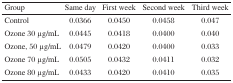
<table><thead><tr><td><b>Group</b></td><td><b>Same day</b></td><td><b>First week</b></td><td><b>Second week</b></td><td><b>Third week</b></td></tr></thead><tbody><tr><td>Control</td><td>0.0366</td><td>0.0450</td><td>0.0458</td><td>0.047</td></tr><tr><td>Ozone 30 μg/mL</td><td>0.0445</td><td>0.0418</td><td>0.0400</td><td>0.040</td></tr><tr><td>Ozone, 50 μg/mL</td><td>0.0479</td><td>0.0420</td><td>0.0400</td><td>0.033</td></tr><tr><td>Ozone 70 μg/mL</td><td>0.0505</td><td>0.0432</td><td>0.0411</td><td>0.032</td></tr><tr><td>Ozone 80 μg/mL</td><td>0.0433</td><td>0.0420</td><td>0.0410</td><td>0.035</td></tr></tbody></table>